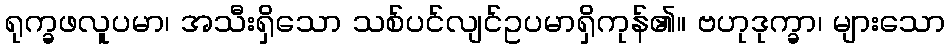
ရုက္ခဖလူပမာ၊ အသီးရှိသော သစ်ပင်လျင်ဥပမာရှိကုန်၏။ ဗဟုဒုက္ခာ၊ များသော